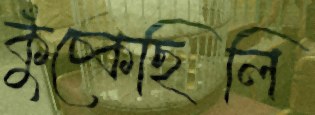
কুঁচ্‌কেছিলি